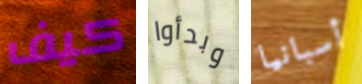
كيف وبدأوا أسبانيا